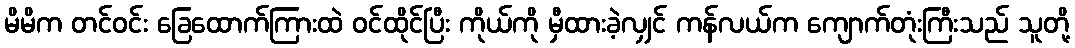
မိမိက တင်ဝင်း ခြေထောက်ကြားထဲ ဝင်ထိုင်ပြီး ကိုယ်ကို မှီထားခဲ့လျှင် ကန်လယ်က ကျောက်တုံးကြီးသည် သူတို့